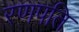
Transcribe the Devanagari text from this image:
रणपति